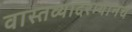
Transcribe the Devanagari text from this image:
वास्तव्यादरम्यानच